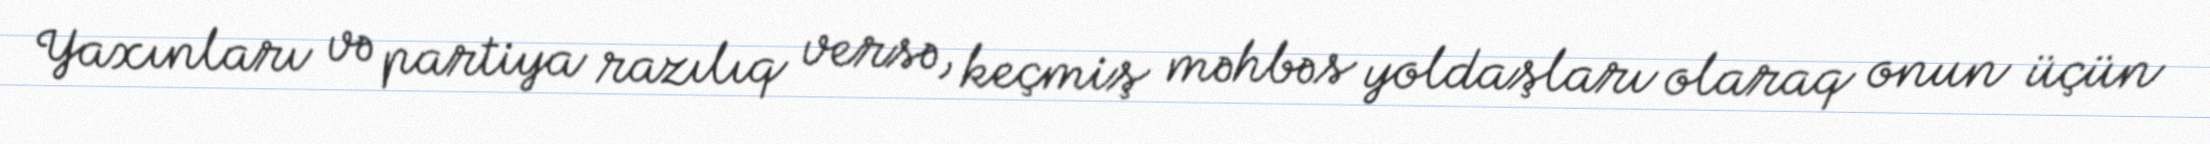
Yaxınları və partiya razılıq versə, keçmiş məhbəs yoldaşları olaraq onun üçün